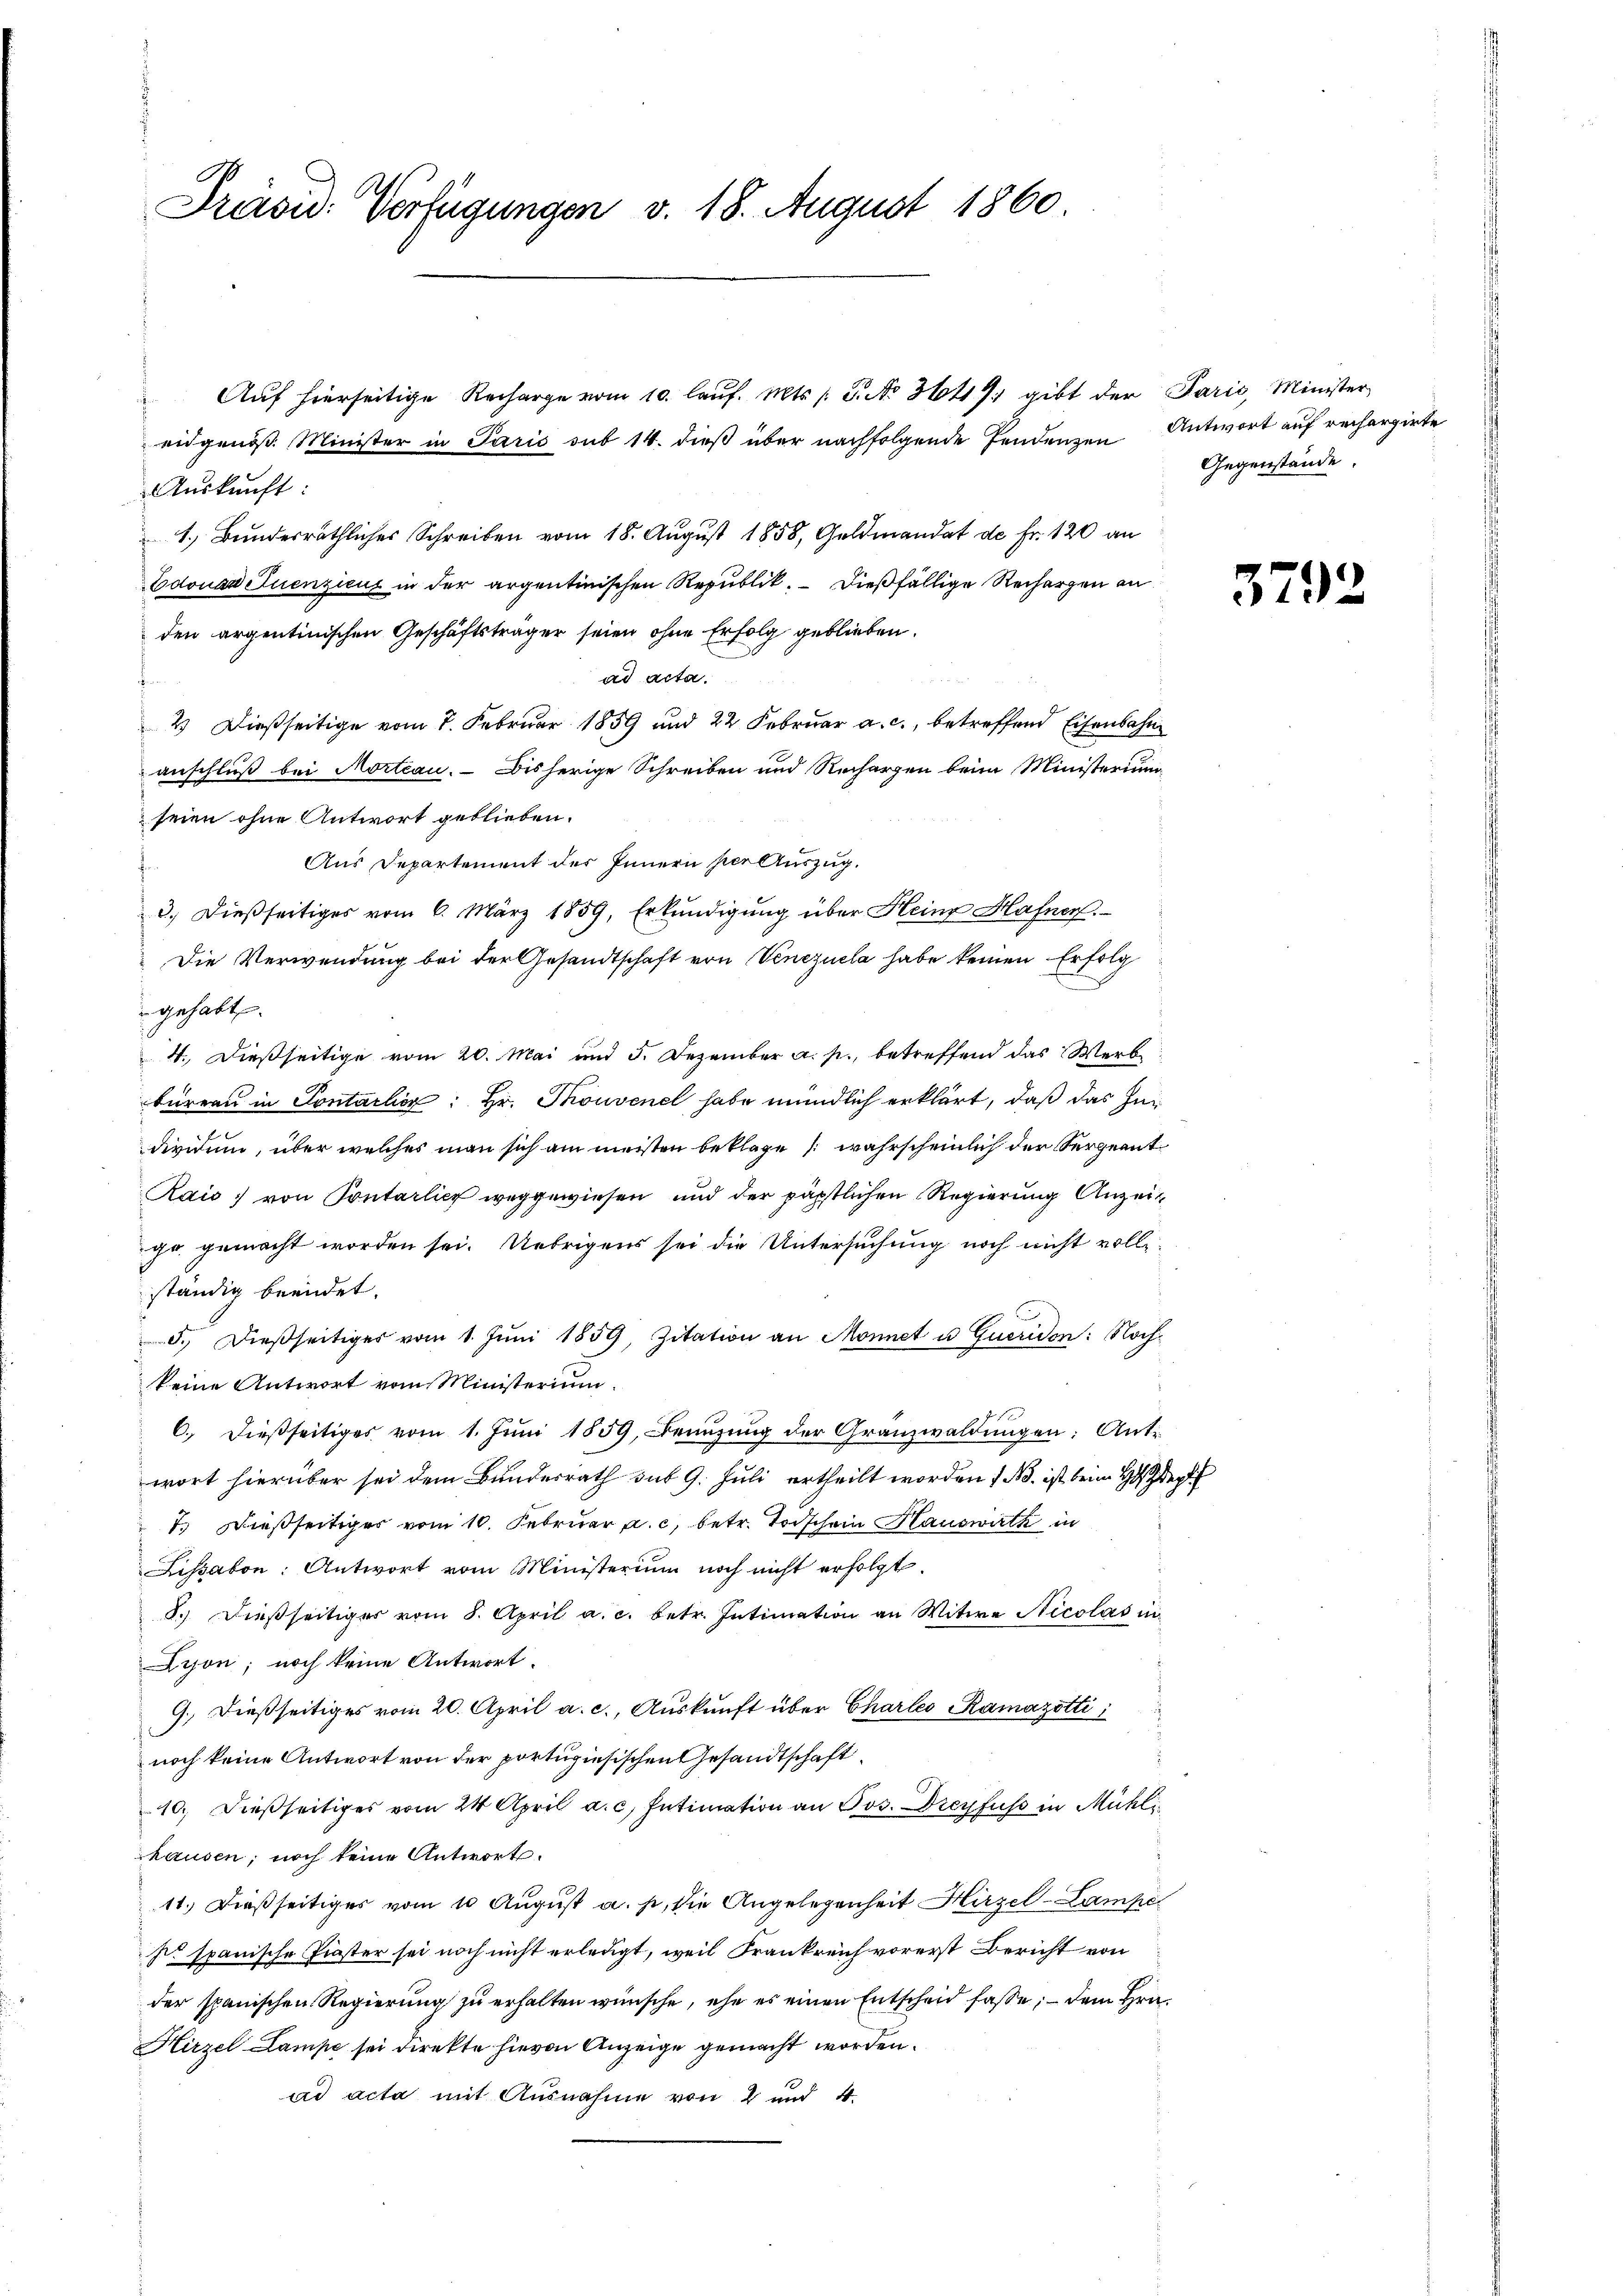
Präsid. Verfügungen v. 18. August 1860.

Auf hierseitige Recharge vom 10. laŭf. Mts. S. No. 36419. gibt der Paris, Minister
eidgenöß. Minister in Paris sub 14. dieβ über nachfolgende Pendenzen Antwort auf rechargirte
Auskunft:
1. Bundesräthliches Schreiben vom 18. August 1858, Geldmandat de Fr. 120 an
Edouan Suenzicus in der argentinischen Republik. — Dießfällige Rechargen an
den argentinischen Geschäftsträger seien ohne Erfolg geblieben.
ad acta.
2 Dießseitige vom 7. Februar 1859 und 22 Februar a. c., betreffend Eisenbahn
anschluß bei Mortiau. Bisherige Schreiben und Rechargen beim Ministerium
seien ohne Antwort geblieben.
Aus Departement des Innern per Auszug.
3.) Dießseitiges vom 6. März 1859, Erkundigung über Heine Hafner.
Die Verwendung bei der Gesandtschaft von Venezuela habe keinen Erfolg
 gehabt.
4. Dießseitige vom 20. Mai und 5. Dezember a. p., betreffend das Werb
büreau in Contarlier: Hr. Thouvenel habe mündlich erklärt, daß das Inn
divium, über welches man sich am meisten beklage (wahrscheinlich der Sergeant
Rais, von Pontarlich weggewiesen und der päpstlichen Regierung Anzeit
gr. gemacht worden sei. Uebrigens sei die Untersuchung noch nicht volls-
ständig beendet.
d. Dießseitiges vom 1. Jŭni 1859, Zitation an Monnet u. Queriden: Nachkeine Antwort vom Ministerium.
6. dießseitiges vom 1. Jŭni 1859, Benŭtzŭng der Granzwaldungen: Antwort hierüber sei dem Bundesrath sub 9. Juli ertheilt worden 1. No. ist beim Gepf
7. Dießseitiges vom 10. Februar a. c. betr. Todschein Hauswirth in
Lissabon: Antwort vom Ministerium noch nicht erfolgt.
8.) Dießseitiger vom 8. April a. c. betr. Intimation an Witwe Nicolas in
Lyon, noch keine Antwort.
9. dießseitiges vom 20. April a. c., Auskunft über Charleo Ramazotti i
noch keine Antwort von der portugisischen Gesandtschaft
10. dießseitiges vom 24. April a. c. Intimation an Jos. Dreyfuss in Mühli
hausen, noch keine Antwort.
11.) Dießseitiges vom 10 August a. p., die Angelegenheit Hirzel-Lampel
sie spanische Finster sei noch nicht erledigt, weil Frankreich vorerst Bericht von
der spanischen Regierung zu erhalten wünsche, ehe es einen Entscheid fasse; — dem Hrn.
Hirzel Lampe sei direkte hievon Anzeige gemacht worden.
ad acta mit Ausnahme von 2 und 4.

Gegenstände.

3792